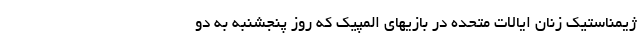
ژیمناستیک زنان ایالات متحده در بازیهای المپیک که روز پنجشنبه به دو